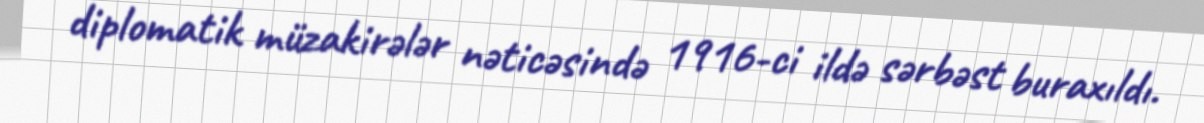
diplomatik müzakirələr nəticəsində 1916-ci ildə sərbəst buraxıldı.